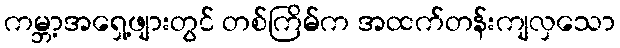
ကမ္ဘာ့အရှေ့ဖျားတွင် တစ်ကြိမ်က အထက်တန်းကျလှသော